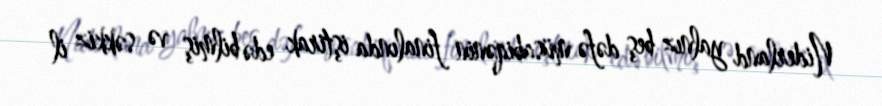
Niderland yalnız beş dəfə müsabiqənin finalında iştirak edə bilmiş və səkkiz il